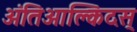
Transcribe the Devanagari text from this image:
अंतिआल्किदस्